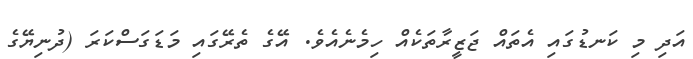
އަދި މި ކަނޑުގައި އެތައް ޖަޒީރާތަކެއް ހިމެނެއެވެ. އޭގެ ތެރޭގައި މަޑަގަސްކަރަ (ދުނިޔޭގެ